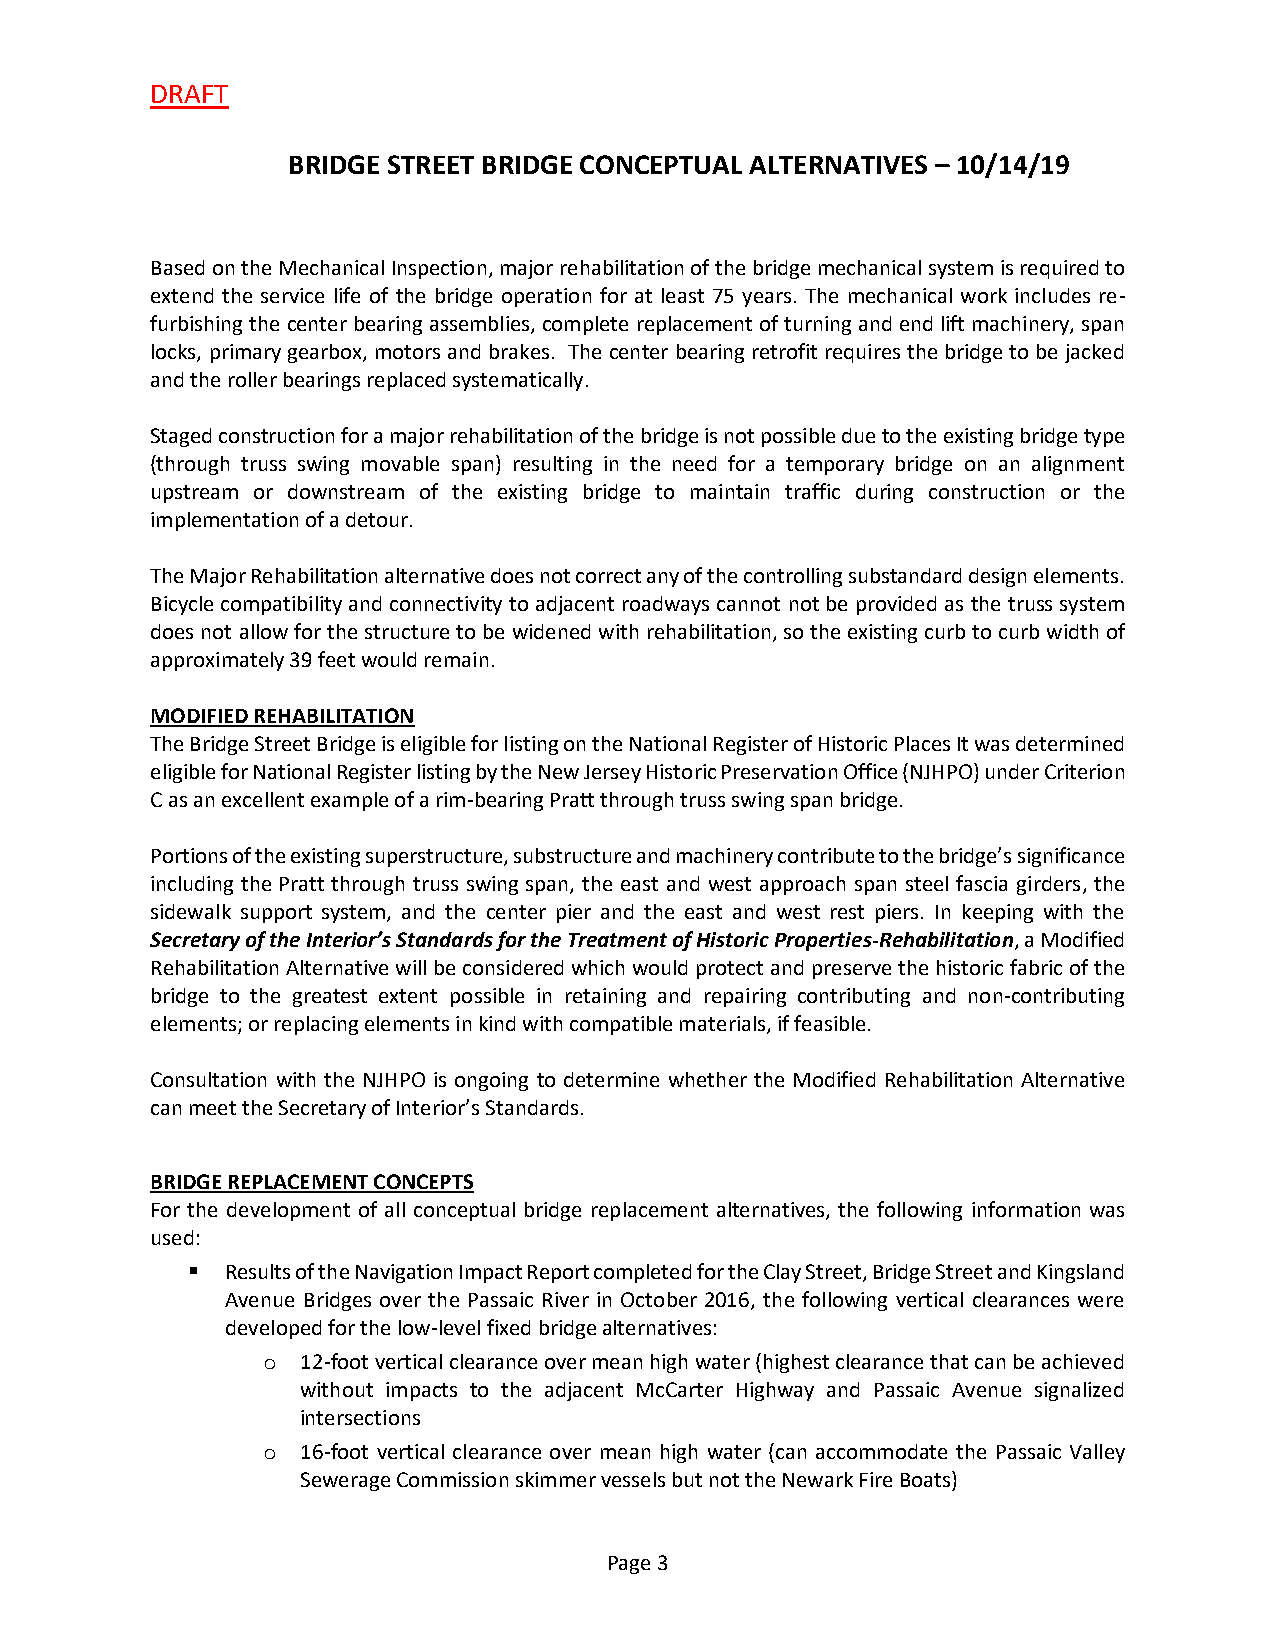
DRAFT
 BRIDGE STREET BRIDGE CONCEPTUAL ALTERNATIVES – 10/14/19
 Based on the Mechanical Inspection, major rehabilitation of the bridge mechanical system is required to
 extend the service life of the bridge operation for at least 75 years. The mechanical work includes re-
 furbishing the center bearing assemblies, complete replacement of turning and end lift machinery, span
 locks, primary gearbox, motors and brakes. The center bearing retrofit requires the bridge to be jacked
 and the roller bearings replaced systematically.
 Staged construction for a major rehabilitation of the bridge is not possible due to the existing bridge type
 (through truss swing movable span) resulting in the need for a temporary bridge on an alignment
 upstream or downstream of the existing bridge to maintain traffic during construction or the
 implementation of a detour.
 The Major Rehabilitation alternative does not correct any of the controlling substandard design elements.
 Bicycle compatibility and connectivity to adjacent roadways cannot not be provided as the truss system
 does not allow for the structure to be widened with rehabilitation, so the existing curb to curb width of
 approximately 39 feet would remain.
 MODIFIED REHABILITATION
 The Bridge Street Bridge is eligible for listing on the National Register of Historic Places It was determined
 eligible for National Register listing by the New Jersey Historic Preservation Office (NJHPO) under Criterion
 C as an excellent example of a rim-bearing Pratt through truss swing span bridge.
 Portions of the existing superstructure, substructure and machinery contribute to the bridge’s significance
 including the Pratt through truss swing span, the east and west approach span steel fascia girders, the
 sidewalk support system, and the center pier and the east and west rest piers. In keeping with the
 Secretary of the Interior’s Standards for the Treatment of Historic Properties-Rehabilitation, a Modified
 Rehabilitation Alternative will be considered which would protect and preserve the historic fabric of the
 bridge to the greatest extent possible in retaining and repairing contributing and non-contributing
 elements; or replacing elements in kind with compatible materials, if feasible.
 Consultation with the NJHPO is ongoing to determine whether the Modified Rehabilitation Alternative
 can meet the Secretary of Interior’s Standards.
 BRIDGE REPLACEMENT CONCEPTS
 For the development of all conceptual bridge replacement alternatives, the following information was
 used:
   Results of the Navigation Impact Report completed for the Clay Street, Bridge Street and Kingsland
 Avenue Bridges over the Passaic River in October 2016, the following vertical clearances were
 developed for the low-level fixed bridge alternatives:
 o  12-foot vertical clearance over mean high water (highest clearance that can be achieved
 without impacts to the adjacent McCarter Highway and Passaic Avenue signalized
 intersections
 o  16-foot vertical clearance over mean high water (can accommodate the Passaic Valley
 Sewerage Commission skimmer vessels but not the Newark Fire Boats)
 Page 3